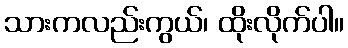
သားကလည်းကွယ်၊ ထိုးလိုက်ပါ။